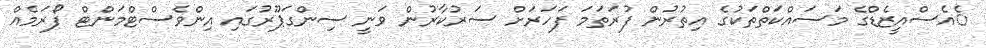
ެއެސްއީޒެޑްގެ މަސައްކަތްތަކުގެ އިތުރުން ފުރަތަމަ ފަހަރަށް ސަރުކާރުން ވަނީ ސިންގަޕޫރުގައި އިންވެސްޓްމަންޓް ފޯރަމެއް